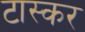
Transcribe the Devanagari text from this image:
टास्कर